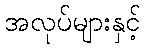
အလုပ်များနှင့်